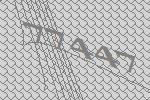
77447